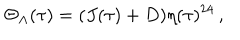
\Theta _ { \Lambda } ( \tau ) = ( J ( \tau ) + D ) \eta ( \tau ) ^ { 2 4 } \, ,